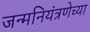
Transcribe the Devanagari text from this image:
जन्मनियंत्रणेच्या